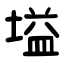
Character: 塧